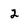
Character: 2